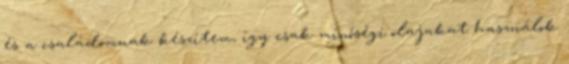
és a családomnak készítem, így csak minőségi olajakat használok